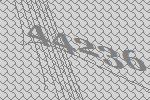
44236